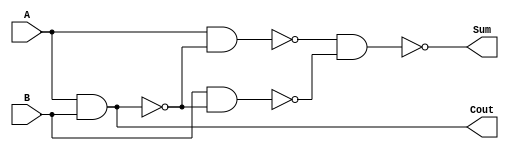
module HalfAdd (Cout, Sum, A, B);


input A,B;

output Cout,Sum;


wire n1,n2,n3;


nand nand1(n1,A,B);

nand nand2(n2,A,n1);

nand nand3(n3,B,n1);

nand nand4(Sum,n2,n3);

nand nand5(Cout,n1,n1);


endmodule